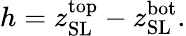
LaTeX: h=z_{\mathrm{SL}}^{\mathrm{top}}-z_{\mathrm{SL}}^{\mathrm{bot}}.